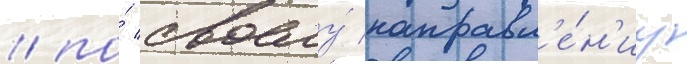
/ по́ своему́ направл'е́н'иу